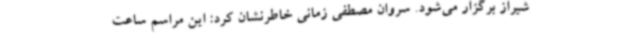
شیراز برگزار می‌شود. سروان مصطفی زمانی خاطرنشان کرد: این مراسم ساعت